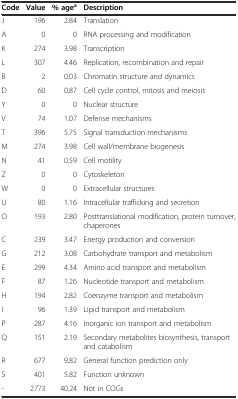
<table><thead><tr><td><b>Code</b></td><td><b>Value</b></td><td><b>% age<sup>a</sup></b></td><td><b>Description</b></td></tr></thead><tbody><tr><td>J</td><td>196</td><td>2.84</td><td>Translation</td></tr><tr><td>A</td><td>0</td><td>0</td><td>RNA processing and modification</td></tr><tr><td>K</td><td>274</td><td>3.98</td><td>Transcription</td></tr><tr><td>L</td><td>307</td><td>4.46</td><td>Replication, recombination and repair</td></tr><tr><td>B</td><td>2</td><td>0.03</td><td>Chromatin structure and dynamics</td></tr><tr><td>D</td><td>60</td><td>0.87</td><td>Cell cycle control, mitosis and meiosis</td></tr><tr><td>Y</td><td>0</td><td>0</td><td>Nuclear structure</td></tr><tr><td>V</td><td>74</td><td>1.07</td><td>Defense mechanisms</td></tr><tr><td>T</td><td>396</td><td>5.75</td><td>Signal transduction mechanisms</td></tr><tr><td>M</td><td>274</td><td>3.98</td><td>Cell wall/membrane biogenesis</td></tr><tr><td>N</td><td>41</td><td>0.59</td><td>Cell motility</td></tr><tr><td>Z</td><td>0</td><td>0</td><td>Cytoskeleton</td></tr><tr><td>W</td><td>0</td><td>0</td><td>Extracellular structures</td></tr><tr><td>U</td><td>80</td><td>1.16</td><td>Intracellular trafficking and secretion</td></tr><tr><td>O</td><td>193</td><td>2.80</td><td>Posttranslational modification, protein turnover, chaperones</td></tr><tr><td>C</td><td>239</td><td>3.47</td><td>Energy production and conversion</td></tr><tr><td>G</td><td>212</td><td>3.08</td><td>Carbohydrate transport and metabolism</td></tr><tr><td>E</td><td>299</td><td>4.34</td><td>Amino acid transport and metabolism</td></tr><tr><td>F</td><td>87</td><td>1.26</td><td>Nucleotide transport and metabolism</td></tr><tr><td>H</td><td>194</td><td>2.82</td><td>Coenzyme transport and metabolism</td></tr><tr><td>I</td><td>96</td><td>1.39</td><td>Lipid transport and metabolism</td></tr><tr><td>P</td><td>287</td><td>4.16</td><td>Inorganic ion transport and metabolism</td></tr><tr><td>Q</td><td>151</td><td>2.19</td><td>Secondary metabolites biosynthesis, transport and catabolism</td></tr><tr><td>R</td><td>677</td><td>9.82</td><td>General function prediction only</td></tr><tr><td>S</td><td>401</td><td>5.82</td><td>Function unknown</td></tr><tr><td>-</td><td>2773</td><td>40.24</td><td>Not in COGs</td></tr></tbody></table>